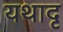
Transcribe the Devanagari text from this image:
यथादृ